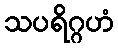
သပရိဂ္ဂဟံ